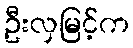
ဦးလှမြင့်က